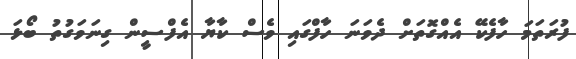
ފުރަތަމަ ހާފެކޭ އެއްގޮތަށް ދެވަނަ ހާފްގައި ވެސް ކާޔާ އެފްސީން ގިނަވަގުތު ބޯޅަ